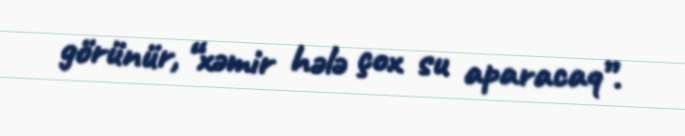
görünür, “xəmir hələ çox su aparacaq”.